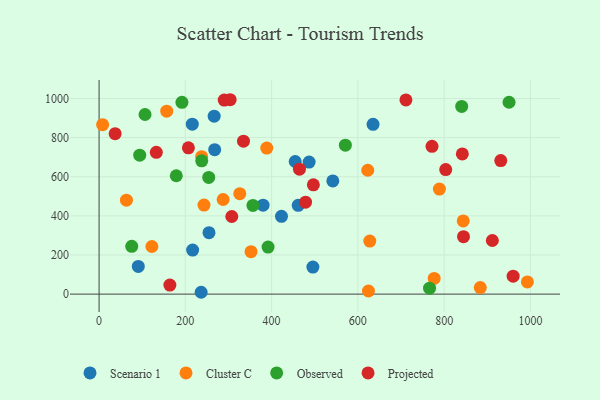
{"axis": {"x": "Distance", "y": "Exam Score"}, "legend": ["Cluster C", "Observed", "Projected", "Scenario 1"], "data": [{"x": "236.6", "y": 9.4, "type": "Scenario 1"}, {"x": "487.0", "y": 674.9, "type": "Scenario 1"}, {"x": "495.7", "y": 138.3, "type": "Scenario 1"}, {"x": "216.1", "y": 868.7, "type": "Scenario 1"}, {"x": "541.9", "y": 578.3, "type": "Scenario 1"}, {"x": "461.7", "y": 453.6, "type": "Scenario 1"}, {"x": "380.2", "y": 454.4, "type": "Scenario 1"}, {"x": "266.8", "y": 909.7, "type": "Scenario 1"}, {"x": "216.9", "y": 225.3, "type": "Scenario 1"}, {"x": "90.9", "y": 141.5, "type": "Scenario 1"}, {"x": "454.7", "y": 677.9, "type": "Scenario 1"}, {"x": "422.9", "y": 397.8, "type": "Scenario 1"}, {"x": "635.2", "y": 867.8, "type": "Scenario 1"}, {"x": "254.8", "y": 314.1, "type": "Scenario 1"}, {"x": "268.0", "y": 738.4, "type": "Scenario 1"}, {"x": "352.3", "y": 216.9, "type": "Cluster C"}, {"x": "844.3", "y": 374.3, "type": "Cluster C"}, {"x": "156.8", "y": 935.2, "type": "Cluster C"}, {"x": "883.8", "y": 33.6, "type": "Cluster C"}, {"x": "287.6", "y": 483.7, "type": "Cluster C"}, {"x": "993.0", "y": 62.3, "type": "Cluster C"}, {"x": "622.9", "y": 633.2, "type": "Cluster C"}, {"x": "63.4", "y": 480.3, "type": "Cluster C"}, {"x": "388.8", "y": 746.3, "type": "Cluster C"}, {"x": "326.2", "y": 513.2, "type": "Cluster C"}, {"x": "8.2", "y": 866.2, "type": "Cluster C"}, {"x": "624.5", "y": 15.9, "type": "Cluster C"}, {"x": "237.8", "y": 702.4, "type": "Cluster C"}, {"x": "243.2", "y": 455.2, "type": "Cluster C"}, {"x": "122.4", "y": 243.3, "type": "Cluster C"}, {"x": "627.6", "y": 271.2, "type": "Cluster C"}, {"x": "789.0", "y": 537.0, "type": "Cluster C"}, {"x": "776.9", "y": 80.0, "type": "Cluster C"}, {"x": "356.7", "y": 453.3, "type": "Observed"}, {"x": "571.0", "y": 761.4, "type": "Observed"}, {"x": "94.2", "y": 710.4, "type": "Observed"}, {"x": "950.5", "y": 980.7, "type": "Observed"}, {"x": "254.2", "y": 596.3, "type": "Observed"}, {"x": "766.2", "y": 30.5, "type": "Observed"}, {"x": "75.7", "y": 244.3, "type": "Observed"}, {"x": "840.7", "y": 959.6, "type": "Observed"}, {"x": "238.0", "y": 681.3, "type": "Observed"}, {"x": "391.8", "y": 240.4, "type": "Observed"}, {"x": "106.5", "y": 918.0, "type": "Observed"}, {"x": "192.1", "y": 980.3, "type": "Observed"}, {"x": "179.0", "y": 605.0, "type": "Observed"}, {"x": "303.9", "y": 993.6, "type": "Projected"}, {"x": "290.1", "y": 991.6, "type": "Projected"}, {"x": "842.2", "y": 716.4, "type": "Projected"}, {"x": "164.1", "y": 46.0, "type": "Projected"}, {"x": "132.7", "y": 724.9, "type": "Projected"}, {"x": "844.9", "y": 293.4, "type": "Projected"}, {"x": "464.6", "y": 638.5, "type": "Projected"}, {"x": "911.8", "y": 274.1, "type": "Projected"}, {"x": "496.8", "y": 558.8, "type": "Projected"}, {"x": "803.7", "y": 636.8, "type": "Projected"}, {"x": "960.0", "y": 91.7, "type": "Projected"}, {"x": "207.1", "y": 747.9, "type": "Projected"}, {"x": "478.7", "y": 469.9, "type": "Projected"}, {"x": "37.2", "y": 820.0, "type": "Projected"}, {"x": "771.9", "y": 755.3, "type": "Projected"}, {"x": "711.4", "y": 992.6, "type": "Projected"}, {"x": "334.8", "y": 781.7, "type": "Projected"}, {"x": "307.7", "y": 396.6, "type": "Projected"}, {"x": "931.3", "y": 682.7, "type": "Projected"}]}